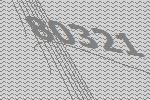
80321